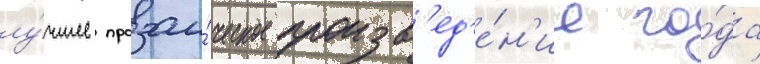
лу́чшее прозаи́ческое произв'ед'е́н'ие го́да